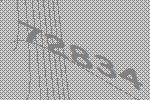
72834